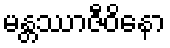
မန္တဿာဇီဝိနော